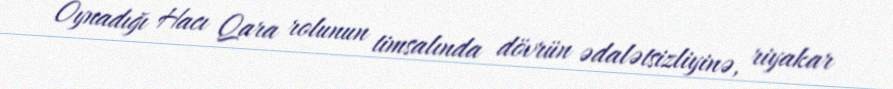
Oynadığı Hacı Qara rolunun timsalında dövrün ədalətsizliyinə, riyakar